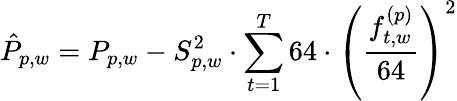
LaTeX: \hat{P}_{p,w}=P_{p,w}-S_{p,w}^{2}\cdot\sum_{t=1}^{T}64\cdot\left(\frac{f_{t,w}^{(p)}}{64}\right)^{2}